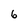
Character: 6